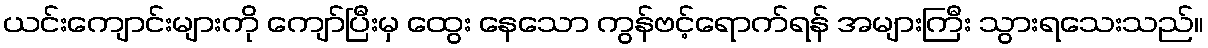
ယင်းကျောင်းများကို ကျော်ပြီးမှ ထွေး နေသော ကွန်ဗင့်ရောက်ရန် အများကြီး သွားရသေးသည်။